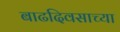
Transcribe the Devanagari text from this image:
बाढदिवसाच्या